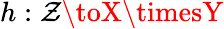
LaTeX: h:\mathcal{Z}\toX\timesY